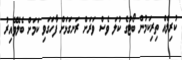
ކުރިލެއް ތިރިކަމުން ބޯޓުގެ ކުލަ ވެސް ވަރަށް ރަނގަޅަށް ފާހަގަވި ކަމަށް ބެލެވޭއިރު